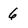
Character: 6